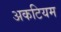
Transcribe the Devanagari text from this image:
अकटियम